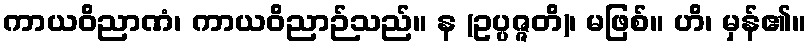
ကာယဝိညာဏံ၊ ကာယဝိညာဉ်သည်။ န (ဥပ္ပဇ္ဇတိ)၊ မဖြစ်။ ဟိ၊ မှန်၏။